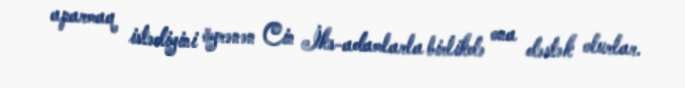
aparmaq istədiyini öyrənən Cin İks-adamlarla birlikdə ona dəstək olurlar.